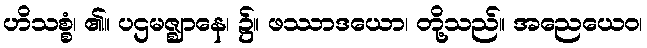
ဟိသစ္စံ၊ ၏။ ပဌမဇ္ဈာနေ၊ ၌။ ဖဿာဒယော၊ တို့သည်။ အညေယေဝ၊